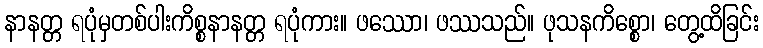
နာနတ္တ ရပုံမှတစ်ပါးကိစ္စနာနတ္တ ရပုံကား။ ဖဿော၊ ဖဿသည်။ ဖုသနကိစ္စော၊ တွေ့ထိခြင်း